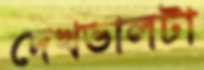
দেখভালটা